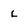
Character: L